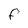
Character: F